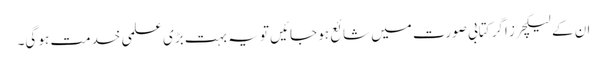
ان کے لیکچرز اگر کتابی صورت میں شائع ہو جائیں تو یہ بہت بڑی علمی خدمت ہو گی۔